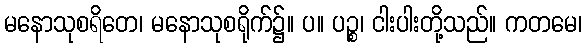
မနောသုစရိတေ၊ မနောသုစရိုက်၌။ ပ။ ပဉ္စ၊ ငါးပါးတို့သည်။ ကတမေ၊